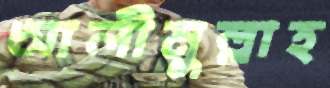
আলীমুল্লাহ